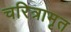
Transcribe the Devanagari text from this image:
चरित्रामृत